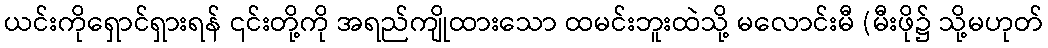
ယင်းကိုရှောင်ရှားရန် ၎င်းတို့ကို အရည်ကျိုထားသော ထမင်းဘူးထဲသို့ မလောင်းမီ (မီးဖို၌ သို့မဟုတ်